Leaving Certificate Examination (including Day School Certificate (Higher) General paper), 1935
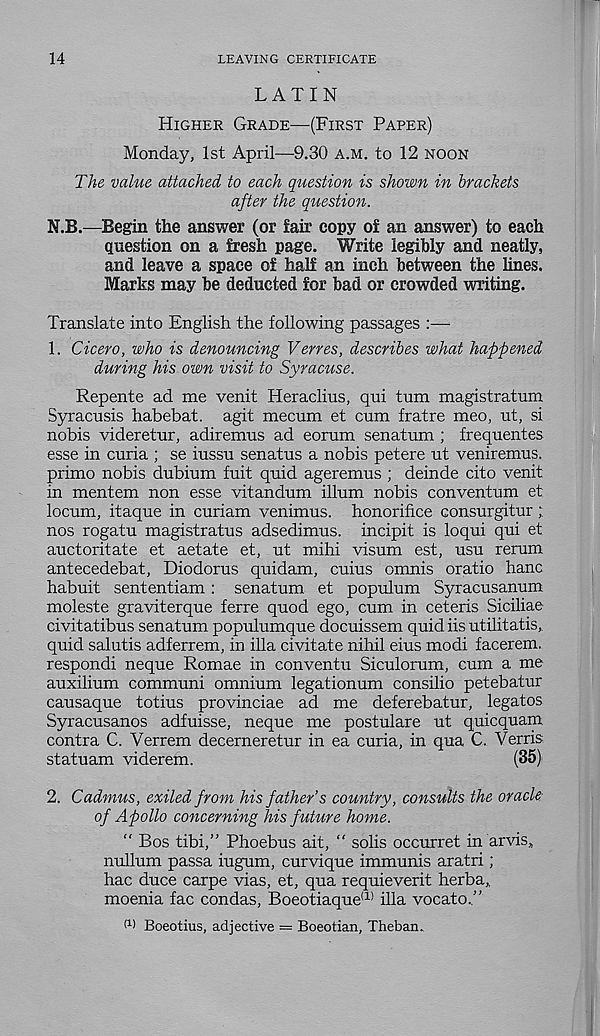
14
LEAVING CERTIFICATE
LATIN
HIGHER GRADE—(FIRST PAPER)
Monday, 1st April—9.30 A.M. to 12 NOON
The value attached to each question is shown in brackets
after the question.
N.B.—Begin the answer (or fair copy of an answer) to each
question on a fresh page. Write legibly and neatly,
and leave a space of half an inch between the hues.
Marks may be deducted for bad or crowded writing.
Translate into English the following passages :—
1. Cicero, who is denouncing Verres, describes what happened
during his own visit to Syracuse.
Repente ad me venit Heraclius, qui turn magistratum
Syracusis habebat. agit mecum et cum fratre meo, ut, si
nobis videretur, adiremus ad eorum senatum ; frequentes
esse in curia ; se iussu senatus a nobis petere ut veniremus.
primo nobis dubium fuit quid ageremus ; deinde cito venit
in mentem non esse vitandum ilium nobis conventum et
locum, itaque in curiam venimus. honorifice consurgitur;
nos rogatu magistrates adsedimus. incipit is loqui qui et
auctoritate et aetate et, ut mihi visum est, usu rerum
antecedebat, Diodorus quidam, cuius omnis oratio hanc
habuit sententiam: senatum et populum Syracusanum
moleste graviterque ferre quod ego, cum in ceteris Siciliae
civitatibus senatum populumque docuissem quid iis utilitatis,
quid salutis adferrem, in ilia civitate nihil eius modi facerem.
respondi neque Romae in conventu Siculorum, cum a me
auxilium communi omnium legationum consilio petebatur
causaque totius provinciae ad me deferebatur, legates
Syracusanos adfuisse, neque me postulare ut quicquam
contra C. Verrem decerneretur in ea curia, in qua C. Verris
statuam viderem.
(35)
2. Cadmus, exiled from his father’s country, consults the oracle
of Apollo concerning his future home.
“ Bos tibi,” Phoebus ait, “ solis occurret in arvis,
nullum passa iugum, curvique immunis aratri ;
hac duce carpe vias, et, qua requieverit herba,,
moenia fac con das, Boeotiaque a) ilia vocato.”
(1) Boeotius, adjective = Boeotian, Theban.